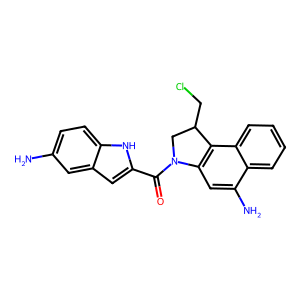
SMILES: Nc1ccc2[nH]c(C(=O)N3CC(CCl)c4c3cc(N)c3ccccc43)cc2c1
Inhibits HIV replication: No